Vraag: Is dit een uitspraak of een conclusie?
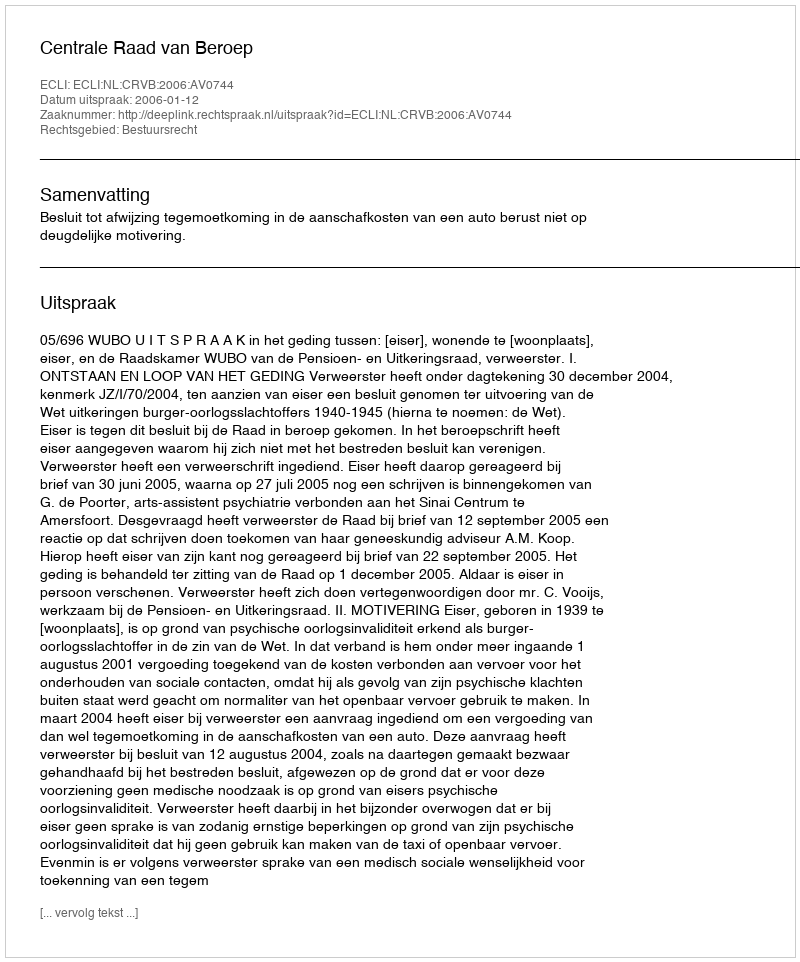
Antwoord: Uitspraak